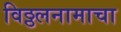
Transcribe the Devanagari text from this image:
विठ्ठलनामाचा